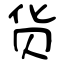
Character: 货